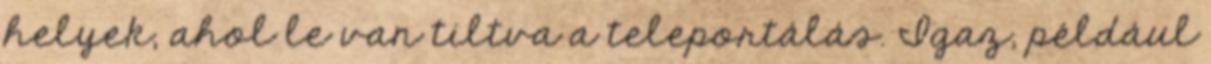
helyek, ahol le van tiltva a teleportálás. Igaz, például